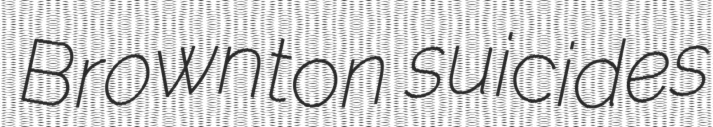
Brownton suicides